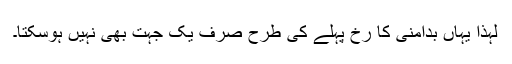
لہذا یہاں بدامنی کا رُخ پہلے کی طرح صرف یک جہت بھی نہیں ہوسکتا۔